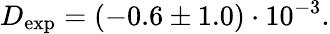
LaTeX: D_{\mathrm{exp}}=(-0.6\pm 1.0)\cdot 10^{-3}.